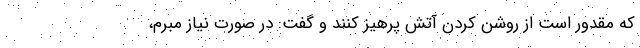
که مقدور است از روشن کردن آتش پرهیز کنند و گفت: در صورت نیاز مبرم،